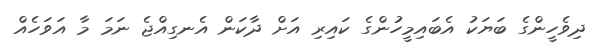
ދިވެހީންގެ ބަޔަކު އެބައިމީހުންގެ ކައިރި އަށް ދާކަން އެނގިއްޖެ ނަމަ މާ އަވަހެއް